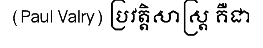
(Paul Valry) ប្រវត្តិសាស្ត្រ គឺជា